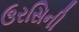
ઉરસિની